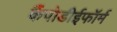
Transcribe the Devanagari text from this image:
कैंपोडीईफॉर्म